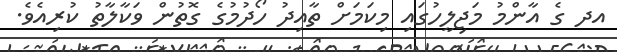
އދ ގެ އާންމު މަޖިލީހުގައި މިކަމަށް ތާއިދު ހޯދުމުގެ ގޮތުން ވަކާލާތު ކުރިއެވެ.